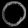
Digit: ၀